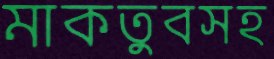
মাকতুবসহ